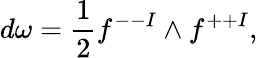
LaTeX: d\omega={\frac{1}{2}}f^{--I}\wedge f^{++I},